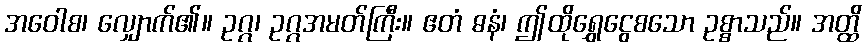
အဝေါစ၊ လျှောက်၏။ ဥဂ္ဂ၊ ဥဂ္ဂအမတ်ကြီး။ ဧတံ ဓနံ၊ ဤထိုရွှေငွေစသော ဥစ္စာသည်။ အတ္ထိ